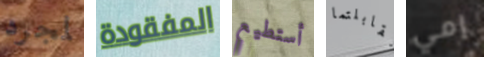
لمجرد المفقودة أستطيع تقابلتما إمي